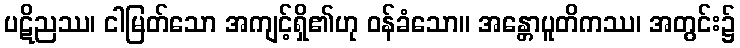
ပဋိညဿ၊ ငါမြတ်သော အကျင့်ရှိ၏ဟု ဝန်ခံသော။ အန္တောပူတိကဿ၊ အတွင်း၌